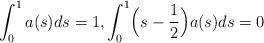
LaTeX: \begin{align*} \int_0^1 a(s) ds=1,\int_0^1 \Bigl( s-\frac{1 }{2}\Bigr) a(s)ds=0\end{align*}